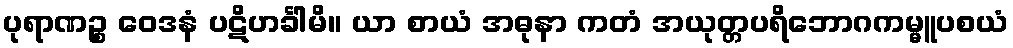
ပုရာဏဉ္စ ဝေဒနံ ပဋိဟင်္ခါမိ။ ယာ စာယံ အဓုနာ ကတံ အယုတ္တပရိဘောဂကမ္မူပစယံ